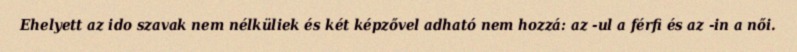
Ehelyett az ido szavak nem nélküliek és két képzővel adható nem hozzá: az -ul a férfi és az -in a női.